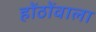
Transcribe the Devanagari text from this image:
होंठोंवाला